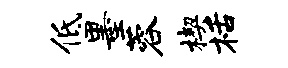
低墨蓉楔栝